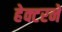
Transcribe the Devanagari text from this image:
हेक्टरने